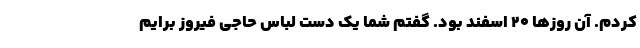
کردم. آن روزها ۲۰ اسفند بود. گفتم شما یک دست لباس حاجی فیروز برایم